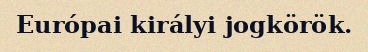
Európai királyi jogkörök.